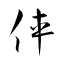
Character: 俥